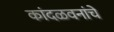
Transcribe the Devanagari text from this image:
कांदळवनांचे